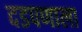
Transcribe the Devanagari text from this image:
दडपणाला